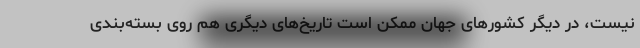
نیست، در دیگر کشورهای جهان ممکن است تاریخ‌های دیگری هم روی بسته‌بندی